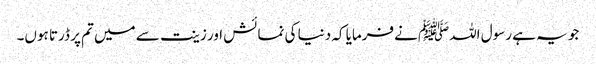
جو یہ ہے رسول اللہﷺ نےفرمایا کہ دنیا کی نمائش اور زینت سے میں تم پر ڈرتا ہوں۔